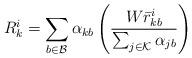
LaTeX: \begin{align*} R_k^i = \sum_{b \in \mathcal{B}} \alpha_{kb} \left(\frac{W \bar{r}_{kb}^i}{\sum_{j \in \mathcal{K}} \alpha_{jb}}\right) \ \ \end{align*}